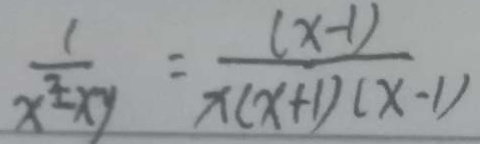
\frac { 1 } { x ^ { 4 } - x y } = \frac { ( x - 1 ) } { x ( x + 1 ) ( x - 1 ) }